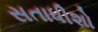
સતાધીશો